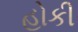
હોકી